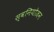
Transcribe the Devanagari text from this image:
स्वनियोजन